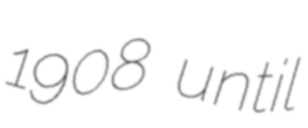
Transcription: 1908 until